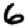
Digit: 6